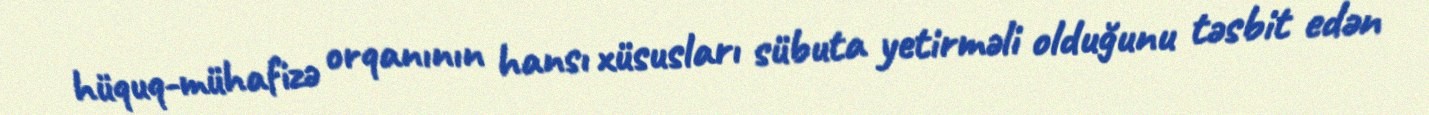
hüquq-mühafizə orqanının hansı xüsusları sübuta yetirməli olduğunu təsbit edən